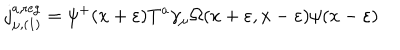
LaTeX: j _ { \mu , ( 1 ) } ^ { a , \mathrm { r e g } } = \psi ^ { + } ( x + \varepsilon ) T ^ { a } \gamma _ { \mu } \Omega ( x + \varepsilon , x - \varepsilon ) \psi ( x - \varepsilon )